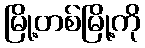
မြို့တစ်မြို့ကို